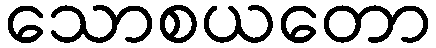
သောစယတော